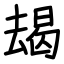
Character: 朅